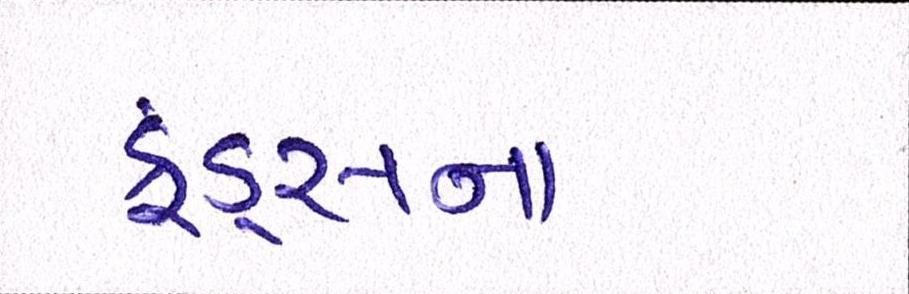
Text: ફંડ્સના